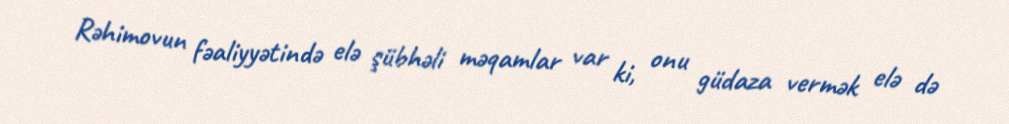
Rəhimovun fəaliyyətində elə şübhəli məqamlar var ki, onu güdaza vermək elə də